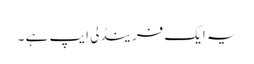
یہ ایک فرینڈلی ایپ ہے ۔